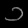
Digit: ၁